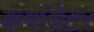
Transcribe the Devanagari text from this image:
कमांडेटर